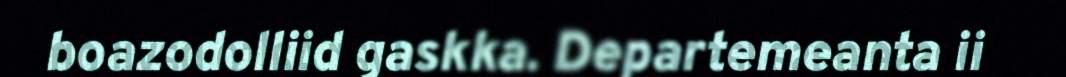
boazodolliid gaskka. Departemeanta ii